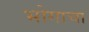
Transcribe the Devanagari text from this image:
भोगाचा